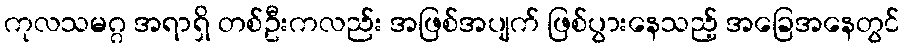
ကုလသမဂ္ဂ အရာရှိ တစ်ဦးကလည်း အဖြစ်အပျက် ဖြစ်ပွားနေသည့် အခြေအနေတွင်